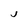
Character: J